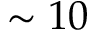
\sim 1 0